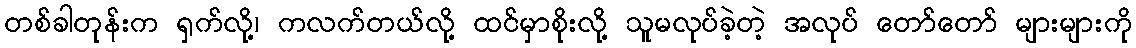
တစ်ခါတုန်းက ရှက်လို့၊ ကလက်တယ်လို့ ထင်မှာစိုးလို့ သူမလုပ်ခဲ့တဲ့ အလုပ် တော်တော် များများကို